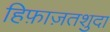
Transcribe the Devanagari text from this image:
हिफ़ाज़तशुदा